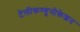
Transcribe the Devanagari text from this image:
टेलीकम्यूनीकेशन